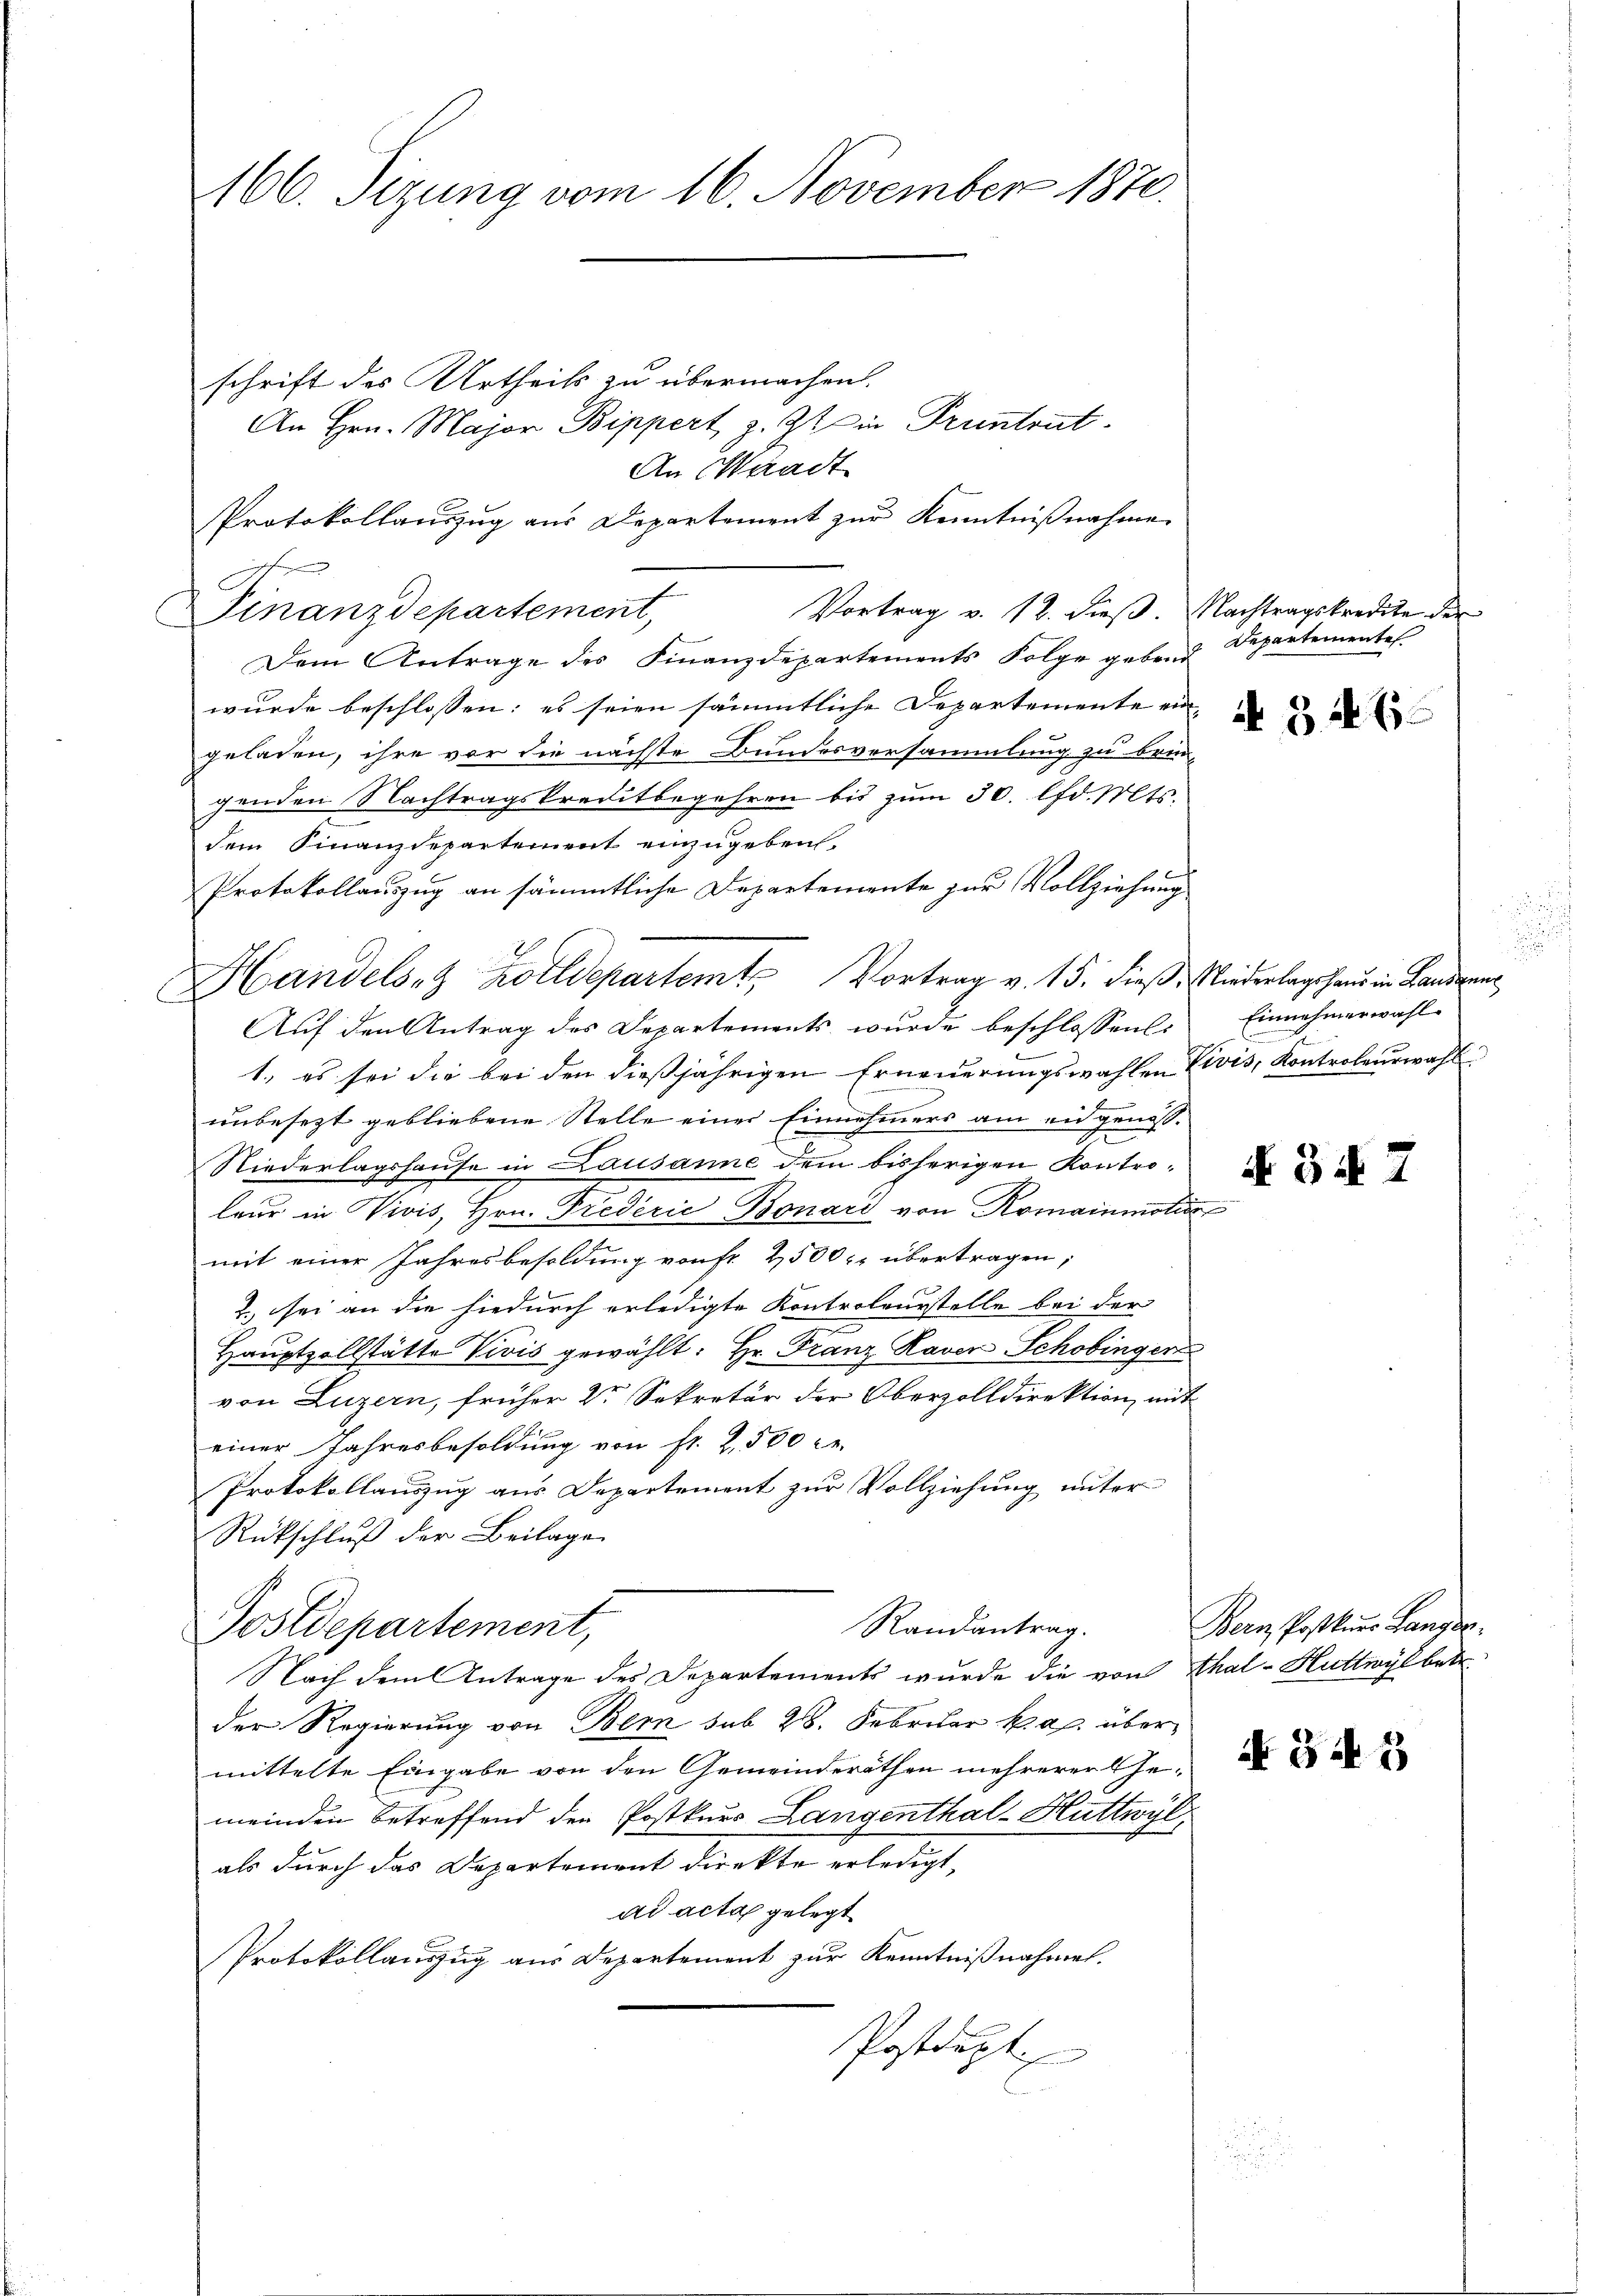
166. Sizung vom 16. November 1870.

schrift des Urtheils zu übermachen.
An Hrn. Major Bippert, z. Zt. in Pruntrut
An Waadt
Protokollauszug aus Departement zur Kenntnißnahme
Vortrag v. 12. dieß. Nachtragskredite der
Finanzdepartement,
Dem Antrage des Finanzdepartements Folge geben
wurde beschlossen: es seien sämmtliche Departemente ein-
geladen, ihre vor die nächste Bundesversammlung zu brin-
genden Nachtragskreditbegehren bis zum 30. lfd. Mts.
dem Finanzdepartement einzugeben.
Protokollauszug an sämmtliche Departemente zur Vollziehung
Handelsez Zolldepartemt Vortrag v. 15. dieß, Niederlagshaus in Landgen
Auf den Antrag des Departements wurde beschlossen:
1., es sei die bei den dießjährigen Erneuerungswahlen Zivis, Kontroleurwahl
unbesezt gebliebene Stelle einer Einnehmers am eidgenöss-
Niederlagshause in Lausanne dem bisherigen Kontroleur in Vivis, Hrn. Frederie Bonard von Romainmotis
mit einer Jahresbesoldung von fr. 2500 r. übertragen;
2., sei an die hiedurch erledigte Kontroleurstelle bei der
Haŭptzollstätte Vivis gewählt: Hr. Franz Raver Schobinger
von Luzern, früher Dr Sekretär der Oberzolldirektion mit
einer Jahresbesoldung von fr. 2,500 rt
Protokollauszug aus Departement zur Vollziehung unter
Rückschluß der Beilage
Randantrag.
Postdepartement,
Nach dem Antrage des Departements wurde die von Thal-Huttwyl betr.
der Regierung von Bern sub 28. Februar Kap. übermittelte Eingabe von den Gemeinderäthen mehrerer Gemeinden betreffend den Postkurs Langenthal-Huttwyl
als durch das Departement direkte erledigt,
ad acta gelegt
Protokollauszug aus Departement zur Kenntnißnahmen.
Postdept

Departemente

N 346

Einnehmerwahl.

d

N 347

Bern Postkurs Langer

N 34. 5